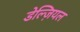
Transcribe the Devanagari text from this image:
डेल्ज़ियल